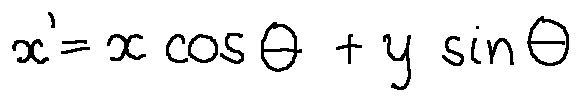
x ^ { \prime } = x \cos \theta + y \sin \theta